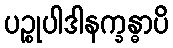
ပဉ္စုပါဒါနက္ခန္ဓာပိ